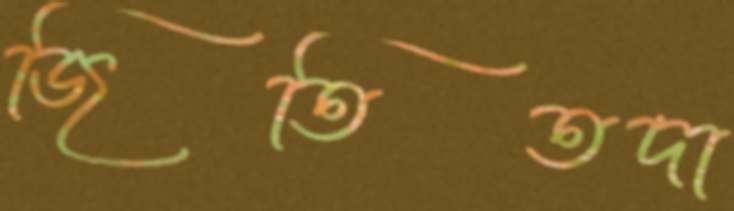
জিতিতদা